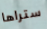
ستراها